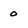
Character: o